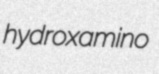
hydroxamino